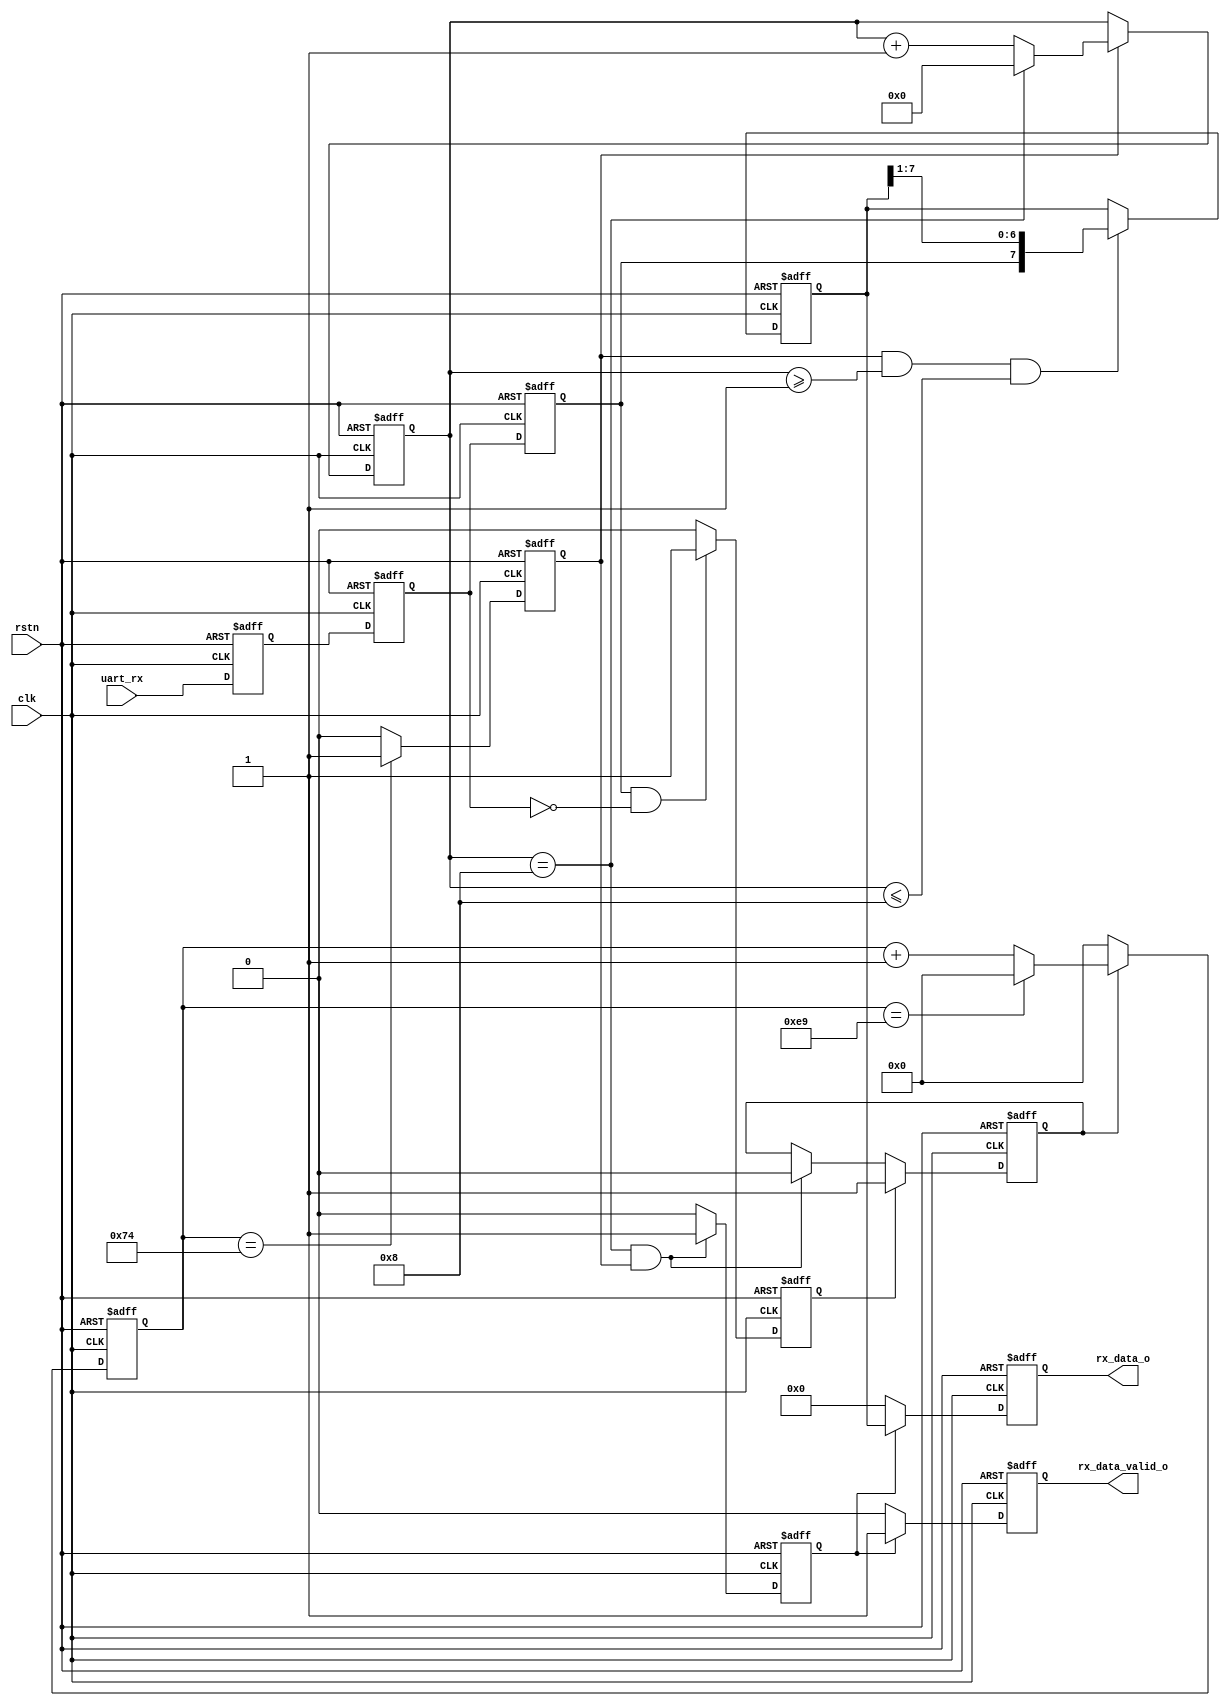
//**********************************************************************
//  Project: TDPS
//  Description: receive data from uart rx
//  Modified from: ppqppl (https://www.cnblogs.com/ppqppl/articles/17461611.html)
//  Timestamp:
//----------------------------------------------------------------------
// Code Revision History:
// Ver:     | Author    | Mod. Date     | Changes Made:
// v1.0.0   | R.T.      | 2024/04/08    | Initial version
// v1.0.1   | R.T       | 2024/05/04    | Tested set_rpm func.
// v3.0.0   | R.T.      | 2024/05/14    | Update version number,
//                                        tested PID functionally
//**********************************************************************

module UART_recv(
    clk,
    rstn,
    uart_rx,
    rx_data_valid_o,
    rx_data_o
);

//**********************************************************************
// --- Parameter
//**********************************************************************
    parameter   CLK_FREQ = 27_000_000;
    parameter   BAUD_RATE = 115200;

    localparam  BAUD_CLK = CLK_FREQ/BAUD_RATE;

//**********************************************************************
// --- Input/Output Declaration
//**********************************************************************
    input wire                      clk;
    input wire                      rstn;

    input wire                      uart_rx;

    output reg                      rx_data_valid_o;
    output reg [7:0]                rx_data_o;

//**********************************************************************
// --- Internal Signal Declaration
//**********************************************************************
    reg                             rx_en;          // enable to receive data
    reg                             start_flag;     // detect start bit
    reg                             bit_flag;       // indicate each bit
    reg                             stop_flag;      // indicate the end of receiving

    //triple-synchronizing
    reg                             rx_reg1;
    reg                             rx_reg2;
    reg                             rx_reg3;

    reg [8:0]                       cnt_baud;
    reg [3:0]                       cnt_bit;
    reg [7:0]                       data_reg;

//**********************************************************************
// --- Main core
//**********************************************************************

// --- triple-synchronizing
    always @(posedge clk or negedge rstn) begin
        if(!rstn) begin
            rx_reg1 <= 1'b1;
            rx_reg2 <= 1'b1;
            rx_reg3 <= 1'b1;
        end
        else begin
            rx_reg1 <= uart_rx;
            rx_reg2 <= rx_reg1;
            rx_reg3 <= rx_reg2;
        end
    end

// --- receive data
    // --- detect the start bit
    always @(posedge clk or negedge rstn) begin
        if(!rstn) begin
            start_flag <= 1'b0;
        end
        else if(rx_reg3 && ~rx_reg2) begin
            start_flag <= 1'b1;
        end
        else begin
            start_flag <= 1'b0;
        end        
    end

    // --- enable to receive data
    always @(posedge clk or negedge rstn) begin
        if(!rstn) begin
            rx_en <= 1'b0;
        end
        else if(start_flag) begin
            rx_en <= 1'b1;
        end
        else if(cnt_bit == 4'd8 && bit_flag) begin // received 8 bits
            rx_en <= 1'b0;
        end
    end

    // --- counter for baud rate
    always @(posedge clk or negedge rstn) begin
        if(!rstn) begin
            cnt_baud <= 9'd0;
        end
        else if(rx_en) begin
            if(cnt_baud == BAUD_CLK-1) begin
                cnt_baud <= 9'd0;
            end
            else begin
                cnt_baud <= cnt_baud + 1;
            end
        end
        else begin
            cnt_baud <= 9'd0;
        end
    end

    // --- indicator for each bit
    always @(posedge clk or negedge rstn) begin
        if(!rstn) begin
            bit_flag <= 1'b0;
        end
        else if(cnt_baud == BAUD_CLK/2 - 1'b1) begin
            bit_flag <= 1'b1;
        end
        else begin
            bit_flag <= 1'b0;
        end
    end

    // --- counter for each bit
    always @(posedge clk or negedge rstn) begin
        if(!rstn) begin
            cnt_bit <= 4'd0;
        end
        else if(bit_flag) begin
            if(cnt_bit == 4'd8) begin
                cnt_bit <= 4'd0;
            end
            else begin
                cnt_bit <= cnt_bit + 1;
            end
        end
    end

    // --- receive data
    always @(posedge clk or negedge rstn) begin
        if(!rstn) begin
            data_reg <= 8'd0;
        end
        else if(bit_flag && cnt_bit >= 4'd1 && cnt_bit <= 4'd8) begin
            data_reg <= {rx_reg3, data_reg[7:1]}; // first bit is the LSB
        end
    end

    // --- stop bit
    always @(posedge clk or negedge rstn) begin
        if(!rstn) begin
            stop_flag <= 1'b0;
        end
        else if(cnt_bit == 4'd8 && bit_flag) begin
            stop_flag <= 1'b1;
        end
        else begin
            stop_flag <= 1'b0;
        end
    end

// --- output data
    always @(posedge clk or negedge rstn) begin
        if(!rstn) begin
            rx_data_valid_o <= 1'b0;
            rx_data_o <= 8'd0;
        end
        else if(stop_flag) begin
            rx_data_valid_o <= 1'b1;
            rx_data_o <= data_reg;
        end
        else begin
            rx_data_valid_o <= 1'b0;
            rx_data_o <= 8'd0;
        end
    end

endmodule